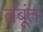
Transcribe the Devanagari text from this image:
तंबूंत